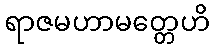
ရာဇမဟာမတ္တေဟိ